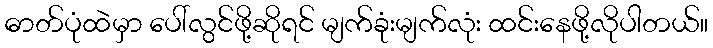
ဓာတ်ပုံထဲမှာ ပေါ်လွင်ဖို့ဆိုရင် မျက်ခုံးမျက်လုံး ထင်းနေဖို့လိုပါတယ်။